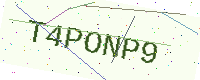
Text: T4PONP9